Vaccination in the Punjab 1883-1896 - 1883-1896
Year: 1883
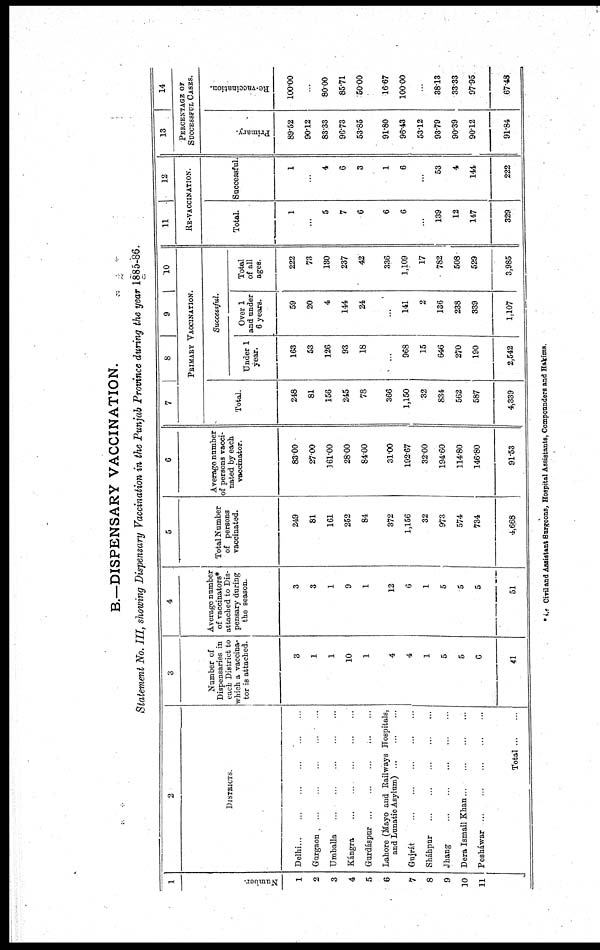
B.—DISPENSARY VACCINATION.
Statement No. III, showing Dispensary Vaccination in the Punjab Province during the year 1885-86.
1
Number.
1
2
3
4
5
6
7
8
9
10
11
.
2
DISTRICTS.
Delhi ... ... ... ... ... ...
Gurgaon
...
...
...
...
...
Umballa
...
...
...
...
...
Kángra
...
...
...
...
...
Gurdáspur
...
...
...
...
...
Lahore (Mayo and Railways Hospitals,
and Lunatic Asylum)
...
...
...
Gujrát
...
...
...
...
...
Sháhpur
...
...
...
...
...
Jhang
...
...
...
...
...
Dera Ismail Khan ...
...
...
...
Pesháwar ... ... ... ... ...
Total
...
...
3
Number of
Dispensaries in
each District to
which a vaccina¬
tor is attached.
3
1
1
10
1
4
4
1
5
5
6
41
4
Average number
of vaccinators*
attached to Dis-
pensary during
the season.
3
3
1
9
1
12
6
1
5
5
5
51
5
Total Number
of persons
vaccinated.
249
81
161
252
84
372
1,156
32
973
574
734
4,668
6
Average number
of persons vacci-
nated by each
vaccinator.
83.00
27.00
161.00
28.00
84.00
31.00
192.67
32.00
194.60
114.80
146.80
91.53
7
8
9
10
PRIMARY VACCINATION.
Total.
248
81
156
245
78
366
1,150
32
834
562
587
4,339
Successful.
Under 1
year.
163
53
126
93
18
...
968
15
646
270
190
2,542
Over 1
and under
6 years.
59
20
4
144
24
...
141
2
136
238
339
1,107
Total
of all
ages.
222
73
180
237
42
336
1,109
17
782
508
529
3,985
11
12
RE-VACCINATION.
Total.
1
...
5
7
6
6
6
...
139
12
147
329
Successful.
1
...
4
6
3
1
6
...
53
4
144
222
13
14
PERCENTAGE OF
SUCCESSFUL CASES.
Primary.
89.52
90.12
83.33
96.73
53.85
91.80
96.43
53.12
93.79
90.39
90.12
91.84
Re-vaccination.
100.00
...
80.00
85.71
50.00
16.67
100.00
...
38.13
33.33
97.95
67.48
* i.e Civil and Assistant Surgeons, Hospital Assistants, Compounders and Hakíms.